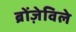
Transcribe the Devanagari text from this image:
ब्रोंज़ेविले